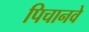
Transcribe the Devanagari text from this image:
पिचानवे